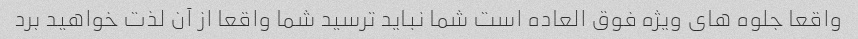
واقعا جلوه های ویژه فوق العاده است شما نباید ترسید شما واقعا از آن لذت خواهید برد